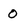
Character: O